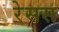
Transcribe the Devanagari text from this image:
रेसस